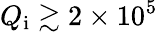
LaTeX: Q_{\mathrm{i}}\gtrsim 2\times 10^{5}